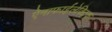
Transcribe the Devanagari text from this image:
ऐनाफाईलेक्टिक